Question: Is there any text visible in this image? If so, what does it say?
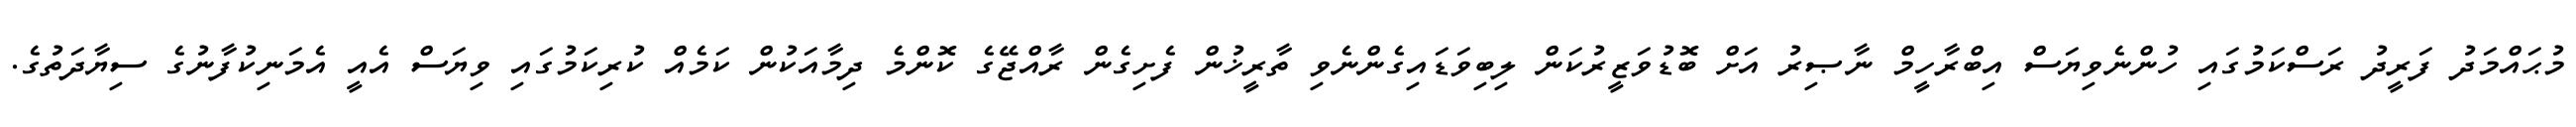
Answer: މުޙައްމަދު ފަރީދު ރަސްކަމުގައި ހުންނެވިޔަސް އިބްރާހީމް ނާޞިރު އަށް ބޮޑުވަޒީރުކަން ލިބިވަޑައިގެންނެވި ތާރީޚުން ފެށިގެން ރާއްޖޭގެ ކޮންމެ ދިމާއަކުން ކަމެއް ކުރިކަމުގައި ވިޔަސް އެއީ އެމަނިކުފާނުގެ ސިޔާދަތުގެ.